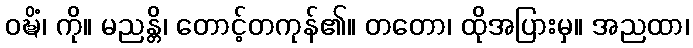
ဝဍ္ဎိံ၊ ကို။ မညန္တိ၊ တောင့်တကုန်၏။ တတော၊ ထိုအပြားမှ။ အညထာ၊